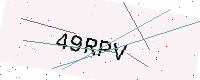
Text: 49RPV